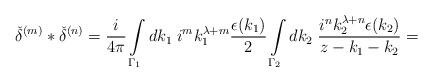
LaTeX: \begin{align*}{\check{\delta}}^{(m)}\ast{\check{\delta}}^{(n)}=\frac {i} {4\pi}\int\limits_{{\Gamma}_1}dk_1\;i^mk_1^{\lambda+m}\frac {\epsilon(k_1)} {2}\int\limits_{{\Gamma}_2}dk_2\;\frac {i^nk_2^{\lambda+n}\epsilon(k_2)} {z-k_1-k_2}=\end{align*}